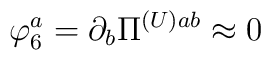
\varphi_{6}^{a} = \partial_{b}\Pi^{(U) ab} \approx 0